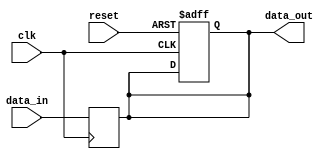
module sequential_logic_block (
    input wire clk,
    input wire reset,
    input wire data_in,
    output reg data_out
);

// Initialize data_out to 0
always @ (posedge clk or posedge reset)
begin
    if (reset)
        data_out <= 1'b0;
end

// Triggered by falling edge of clk
always @ (negedge clk)
begin
    // Your sequential logic statements go here
    data_out <= data_in;
end

endmodule